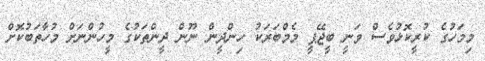
މިމަހުގެ ކުރީކޮޅުވެސް ވަނީ ބީޖޭޕީ މެމްބަރަކު ހިންދީން ނޫން ދީންތަކުގެ މީހުންނަށް މުހާތަބުކޮށް